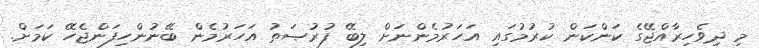
މި ދިވެހިރާއްޖޭގެ ކަންކަން ކުރުމުގައި އަހަރުމެންނަށް ލިބޭ ފުރުޞަތު އަހަރުމެން ބޭނުންހިފަންޖެހޭ ކަމަށް.